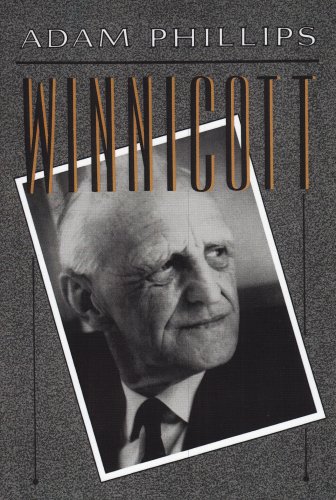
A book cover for Winnicott; Adam Phillips; Biographies & Memoirs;